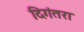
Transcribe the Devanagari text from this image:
दिगंतरा